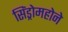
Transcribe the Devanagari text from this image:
सिंड्रोमहोने